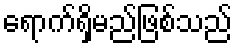
ရောက်ရှိမည်ဖြစ်သည်